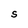
Character: S